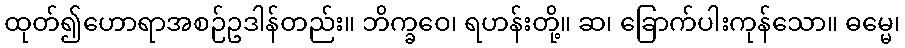
ထုတ်၍ဟောရာအစဉ်ဥဒါန်တည်း။ ဘိက္ခဝေ၊ ရဟန်းတို့။ ဆ၊ ခြောက်ပါးကုန်သော။ ဓမ္မေ၊